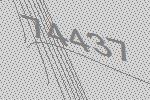
74437